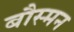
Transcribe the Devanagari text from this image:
बौस्मन